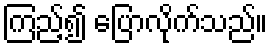
ကြည့်၍ ပြောလိုက်သည်။